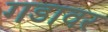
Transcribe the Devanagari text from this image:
गडावर